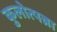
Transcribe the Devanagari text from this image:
कुलोत्पन्ना